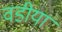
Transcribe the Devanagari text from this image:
वडीया